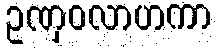
ဥဏှဝလာဟကာ